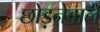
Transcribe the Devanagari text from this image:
छोड़नेवाले